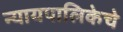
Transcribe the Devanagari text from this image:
न्यायपालिकेचे